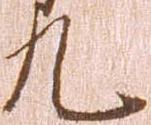
九